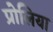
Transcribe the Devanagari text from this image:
प्रोलिया